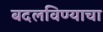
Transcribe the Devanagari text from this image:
बदलविण्याचा